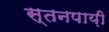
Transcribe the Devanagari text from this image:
स्तनपाय़ी